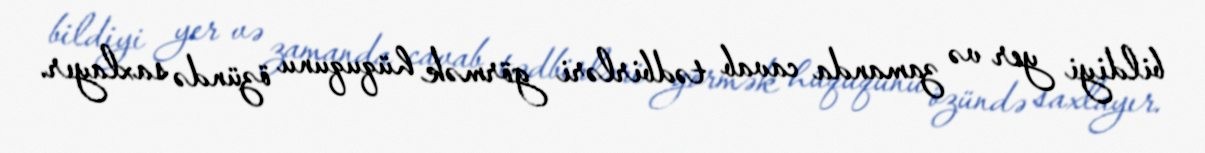
bildiyi yer və zamanda cavab tədbirləri görmək hüququnu özündə saxlayır.